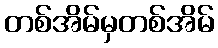
တစ်အိမ်မှတစ်အိမ်